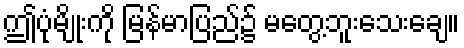
ဤပုံမျိုးကို မြန်မာပြည်၌ မတွေ့ဘူးသေးချေ။